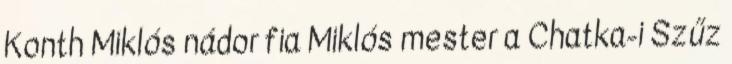
Konth Miklós nádor fia Miklós mester a Chatka-i Szűz